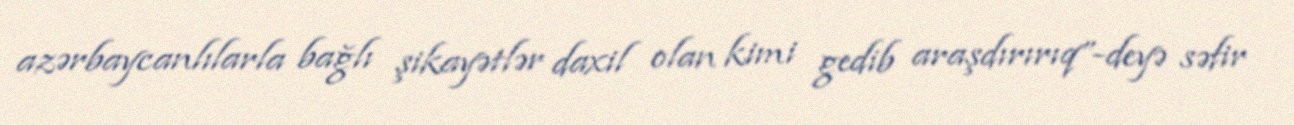
azərbaycanlılarla bağlı şikayətlər daxil olan kimi gedib araşdırırıq”-deyə səfir